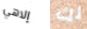
إلاهي لك